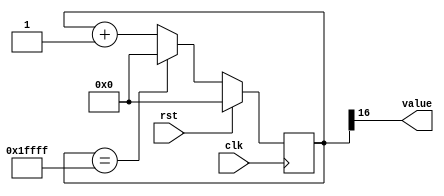
/*
   This file was generated automatically by Alchitry Labs version 1.2.7.
   Do not edit this file directly. Instead edit the original Lucid source.
   This is a temporary file and any changes made to it will be destroyed.
*/

/*
   Parameters:
     SIZE = DIGIT_BITS
     DIV = DIV
     TOP = DIGITS-1
     UP = 1
*/
module counter_15 (
    input clk,
    input rst,
    output reg [0:0] value
  );
  
  localparam SIZE = 1'h1;
  localparam DIV = 5'h10;
  localparam TOP = 3'h1;
  localparam UP = 1'h1;
  
  
  reg [16:0] M_ctr_d, M_ctr_q = 1'h0;
  
  localparam MAX_VALUE = 19'h1ffff;
  
  always @* begin
    M_ctr_d = M_ctr_q;
    
    value = M_ctr_q[16+0-:1];
    if (1'h1) begin
      M_ctr_d = M_ctr_q + 1'h1;
      if (1'h1 && M_ctr_q == 19'h1ffff) begin
        M_ctr_d = 1'h0;
      end
    end else begin
      M_ctr_d = M_ctr_q - 1'h1;
      if (1'h1 && M_ctr_q == 1'h0) begin
        M_ctr_d = 19'h1ffff;
      end
    end
  end
  
  always @(posedge clk) begin
    if (rst == 1'b1) begin
      M_ctr_q <= 1'h0;
    end else begin
      M_ctr_q <= M_ctr_d;
    end
  end
  
endmodule